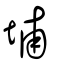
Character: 埔